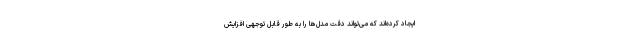
ایجاد کرده‌اند که می‌تواند دقت مدل‌ها را به طور قابل توجهی افزایش